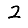
Digit: 2